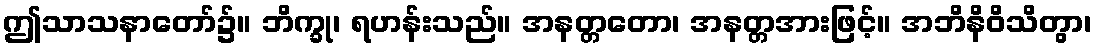
ဤသာသနာတော်၌။ ဘိက္ခု၊ ရဟန်းသည်။ အနတ္တတော၊ အနတ္တအားဖြင့်။ အဘိနိဝိသိတွာ၊